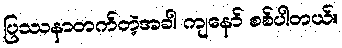
ပြဿနာတက်တဲ့အခါ ကျနော် စစ်ပါတယ်။